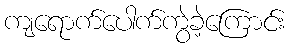
ကျရောက်ပေါက်ကွဲခဲ့ကြောင်း